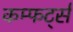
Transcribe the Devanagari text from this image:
कम्फर्ट्स